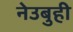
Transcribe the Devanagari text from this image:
नेउबुही